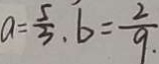
a = \frac { 5 } { 3 } , b = \frac { 2 } { 9 }